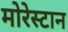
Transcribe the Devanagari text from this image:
मोरेस्टान